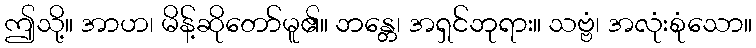
ဤသို့။ အာဟ၊ မိန့်ဆိုတော်မူ၏။ ဘန္တေ၊ အရှင်ဘုရား။ သဗ္ဗံ၊ အလုံးစုံသော။